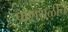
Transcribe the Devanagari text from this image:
पाणथळीचे